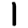
Digit: 1